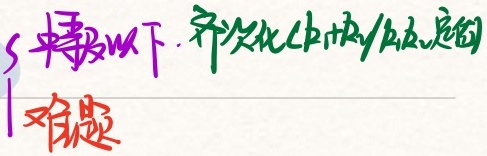
**以下. 齐次化中技巧总结**
**难题**